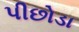
પીછોડા